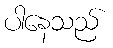
ပါနေသည်